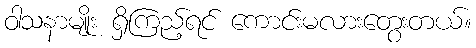
ဝါသနာမျိုး ရှိကြည့်ရင် ကောင်းမလားတွေးတယ်။